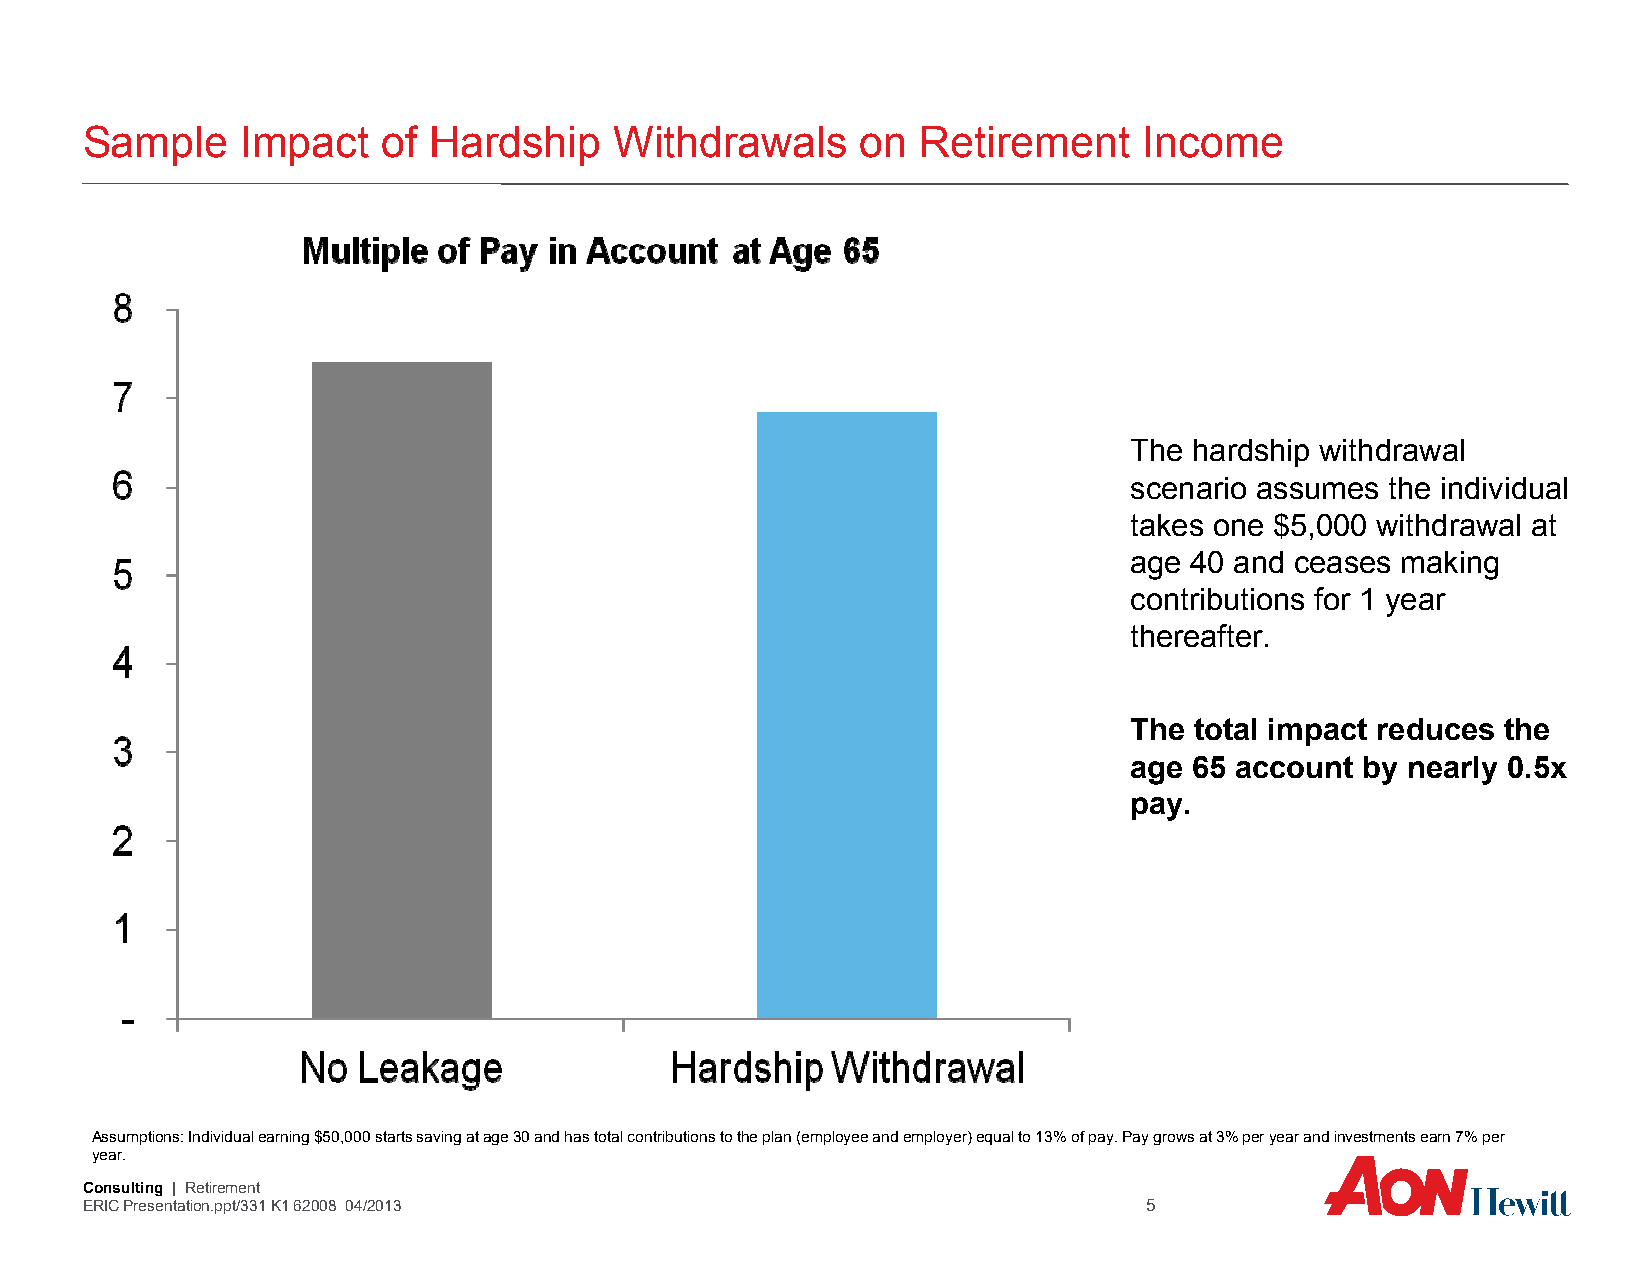
Sample     Impact   of Hardship     Withdrawals     on  Retirement     Income
 The hardship withdrawal
 scenario assumes the individual
 takes one $5,000 withdrawal at
 age 40 and ceases making
 contributions for 1 year
 thereafter.
 The total impact reduces the
 age 65 account by nearly 0.5x
 pay.
 Assumptions: Individual earning $50,000 starts saving at age 30 and has total contributions to the plan (employee and employer) equal to 13% of pay. Pay grows at 3% per year and investments earn 7% per
 year.
 Consulting | Retirement
 ERIC Presentation.ppt/331 K1 62008 04/2013                             5